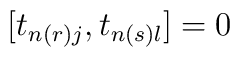
[t_{n(r) j}, t_{n(s) l} ] = 0